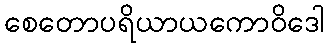
စေတောပရိယာယကောဝိဒေါ